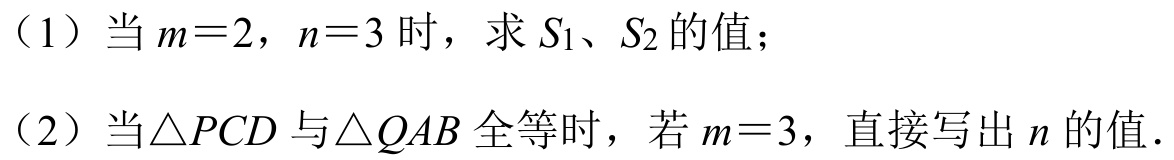
（1）当\(m = 2\)，\(n = 3\)时，求\(S_{1}\)、\(S_{2}\)的值；
（2）当\(\triangle PCD\)与\(\triangle QAB\)全等时，若\(m = 3\)，直接写出\(n\)的值．